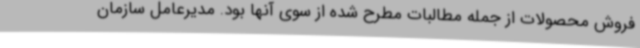
فروش محصولات از جمله مطالبات مطرح شده از سوی آنها بود. مدیرعامل سازمان